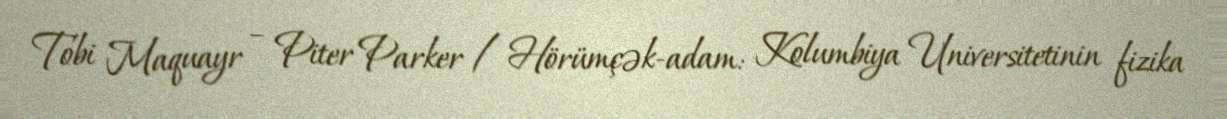
Tobi Maquayr – Piter Parker / Hörümçək-adam: Kolumbiya Universitetinin fizika